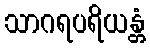
သာဂရပရိယန္တံ